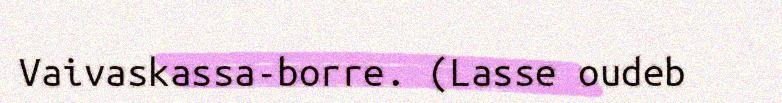
Vaivaskassa-borre. (Lasse oudeb